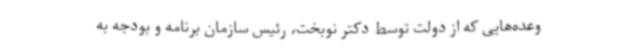
وعده‌هایی که از دولت توسط دکتر نوبخت، رئیس سازمان برنامه و بودجه به